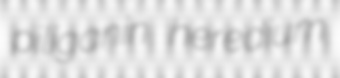
piliganin heredium